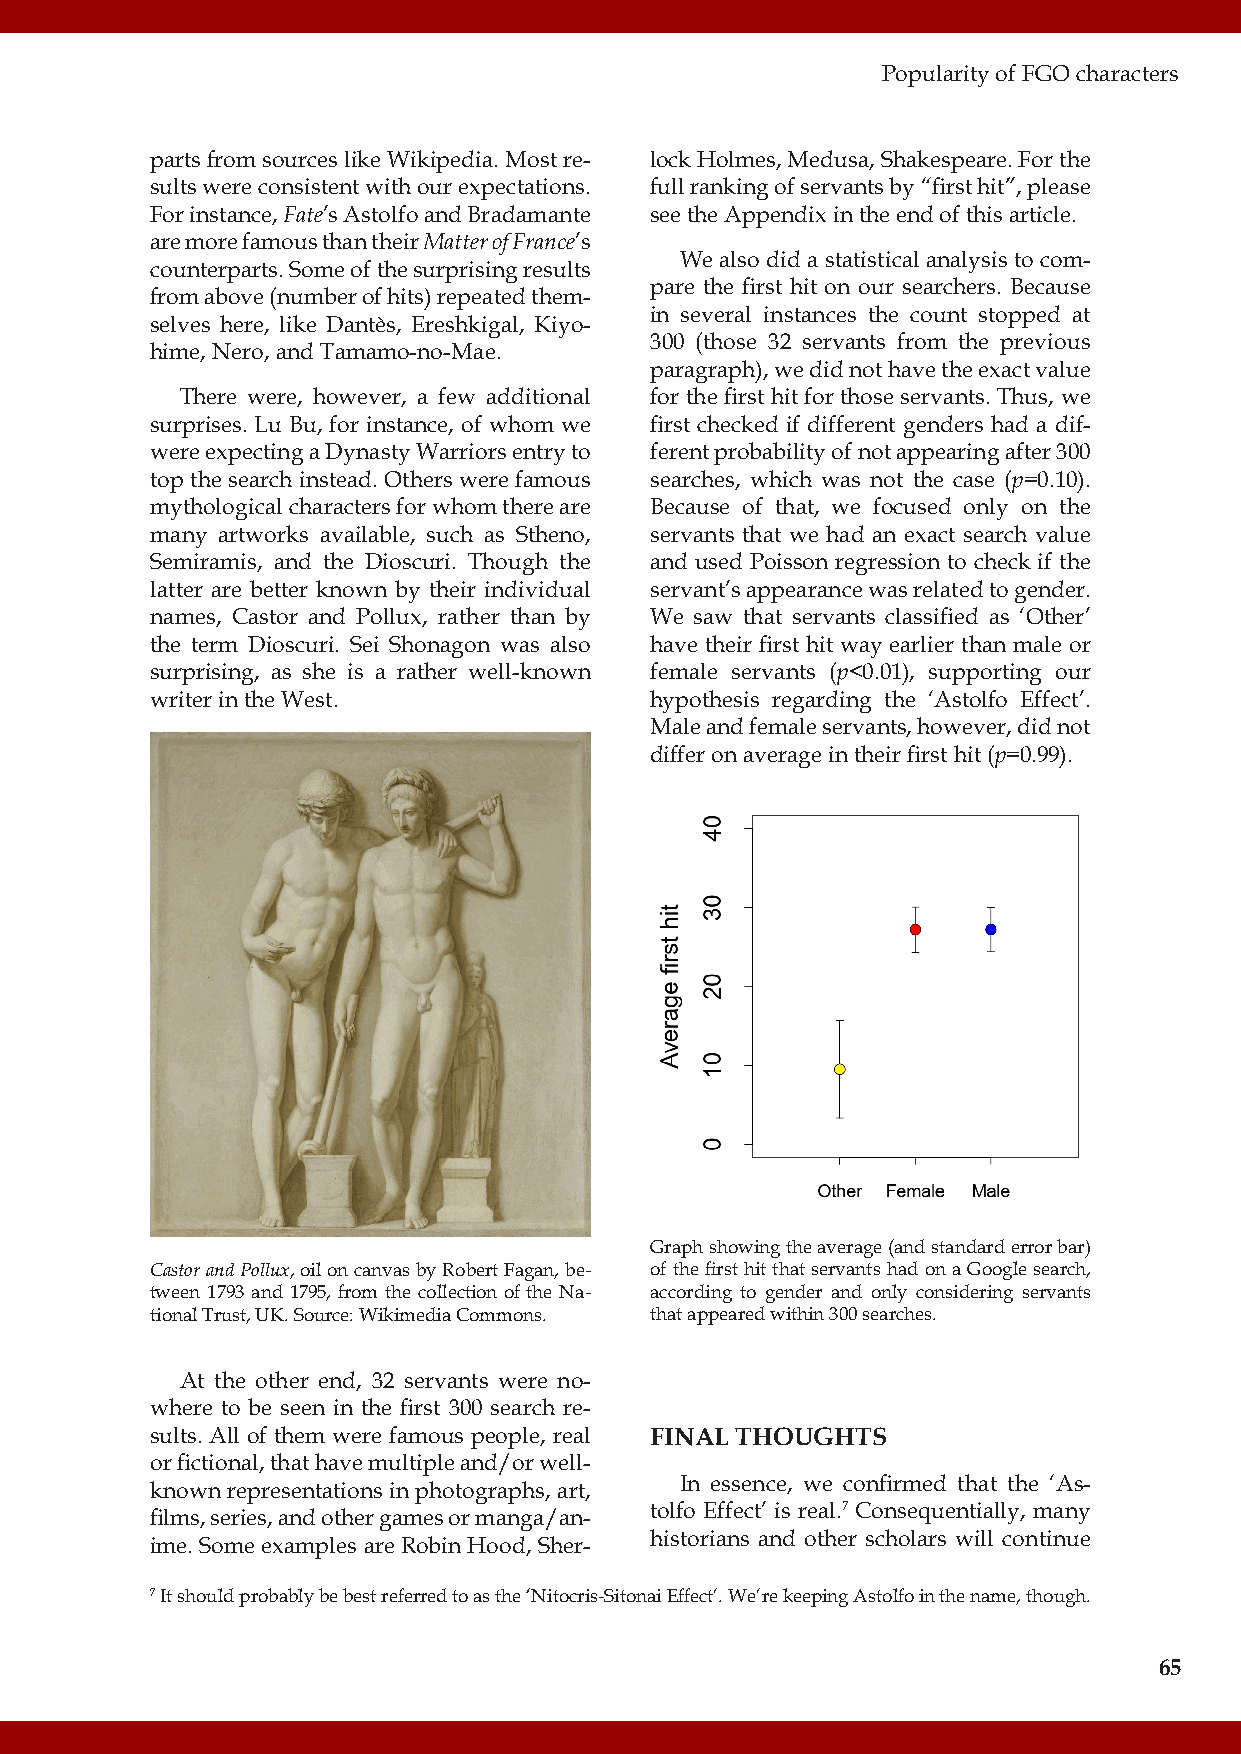
Popularity of FGO characters
 parts from sources like Wikipedia. Most re- lock Holmes, Medusa, Shakespeare. For the
 sults were consistent with our expectations. full ranking of servants by “first hit”, please
 For instance, Fate’s Astolfo and Bradamante see the Appendix in the end of this article.
 are more famous than their Matter of France’s
 We also did a statistical analysis to com-
 counterparts. Some of the surprising results
 pare the first hit on our searchers. Because
 from above (number of hits) repeated them-
 in several instances the count stopped at
 selves here, like Dantès, Ereshkigal, Kiyo-
 300 (those 32 servants from the previous
 hime, Nero, and Tamamo-no-Mae.
 paragraph), we did not have the exact value
 There were, however, a few additional for the first hit for those servants. Thus, we
 surprises. Lu Bu, for instance, of whom we first checked if different genders had a dif-
 were expecting a Dynasty Warriors entry to ferent probability of not appearing after 300
 top the search instead. Others were famous searches, which was not the case (p=0.10).
 mythological characters for whom there are Because of that, we focused only on the
 many artworks available, such as Stheno, servants that we had an exact search value
 Semiramis, and the Dioscuri. Though the and used Poisson regression to check if the
 latter are better known by their individual servant’s appearance was related to gender.
 names, Castor and Pollux, rather than by We saw that servants classified as ‘Other’
 the term Dioscuri. Sei Shonagon was also have their first hit way earlier than male or
 surprising, as she is a rather well-known female servants (p<0.01), supporting our
 writer in the West.              hypothesis regarding the ‘Astolfo Effect’.
 Male and female servants, however, did not
 differ on average in their first hit (p=0.99).
 Graph showing the average (and standard error bar)
 Castor and Pollux, oil on canvas by Robert Fagan, be- of the first hit that servants had on a Google search,
 tween 1793 and 1795, from the collection of the Na- according to gender and only considering servants
 tional Trust, UK. Source: Wikimedia Commons. that appeared within 300 searches.
 At the other end, 32 servants were no-
 where to be seen in the first 300 search re-
 sults. All of them were famous people, real FINAL THOUGHTS
 or fictional, that have multiple and/or well-
 In essence, we confirmed that the ‘As-
 known representations in photographs, art,
 tolfo Effect’ is real.7 Consequentially, many
 films, series, and other games or manga/an-
 historians and other scholars will continue
 ime. Some examples are Robin Hood, Sher-
 7 It should probably be best referred to as the ‘Nitocris-Sitonai Effect’. We’re keeping Astolfo in the name, though.
 65